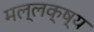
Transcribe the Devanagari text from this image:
मल्लक्ष्य